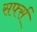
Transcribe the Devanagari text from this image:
सर्फ्स